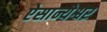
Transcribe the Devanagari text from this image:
ऐसान्येश्वर